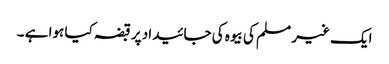
ایک غیر مسلم کی بیوہ کی جائیداد پر قبضہ کیا ہوا ہے ۔